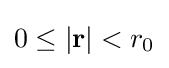
0\leq |\mathbf {r} |<r_{0}